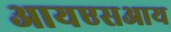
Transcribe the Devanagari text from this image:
आयएसआय